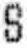
S